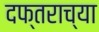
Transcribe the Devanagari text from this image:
दफ्तराच्या